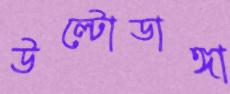
উল্টোডাঙ্গা